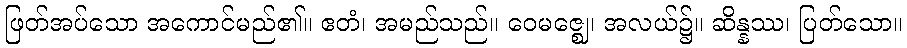
ဖြတ်အပ်သော အကောင်မည်၏။ ဧတံ၊ အမည်သည်။ ဝေမဇ္ဈေ၊ အလယ်၌။ ဆိန္နဿ၊ ပြတ်သော။